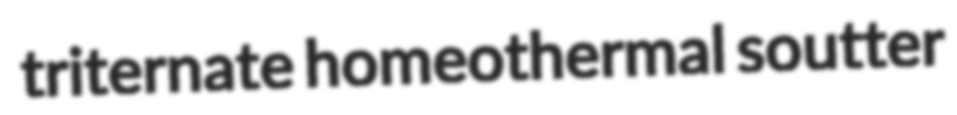
triternate homeothermal soutter